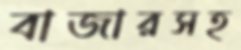
বাজারসহ